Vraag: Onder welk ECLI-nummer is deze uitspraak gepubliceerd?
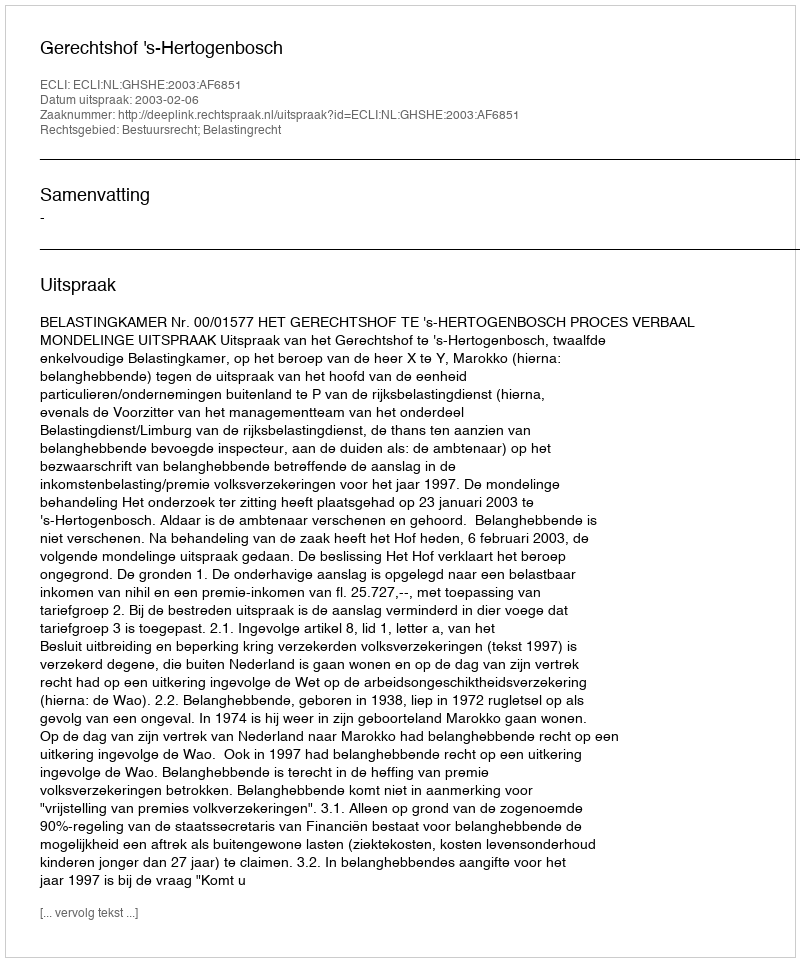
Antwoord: ECLI:NL:GHSHE:2003:AF6851